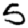
Digit: 5